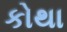
કોથા